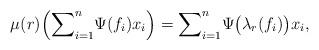
LaTeX: \begin{align*}\mu(r)\Big({\sum}_{i=1}^n \Psi(f_i)x_i\Big) = {\sum}_{i=1}^n \Psi\big(\lambda_r(f_i)\big)x_i,\end{align*}